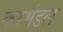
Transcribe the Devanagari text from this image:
करमंडल